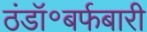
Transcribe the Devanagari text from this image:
ठंडॉ॰बर्फबारी